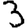
Digit: 3